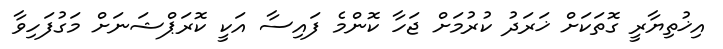
އިޚުތިޔާރީ ގޮތަކަށް ޚަރަދު ކުރުމަށް ޖަހާ ކޮންމެ ފައިސާ އަކީ ކޮރަޕްޝަނަށް މަގުފަހިވާ